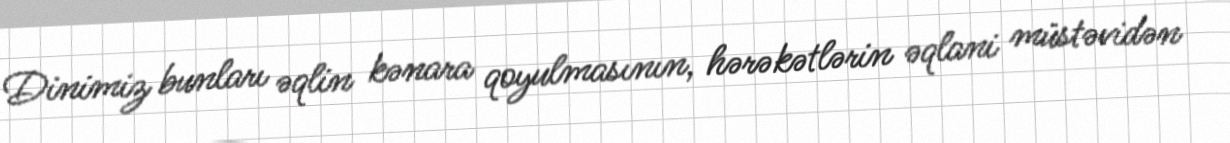
Dinimiz bunları əqlin kənara qoyulmasının, hərəkətlərin əqlani müstəvidən